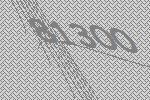
81300